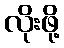
လိုးဖို့